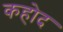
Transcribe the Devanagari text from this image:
कहोद